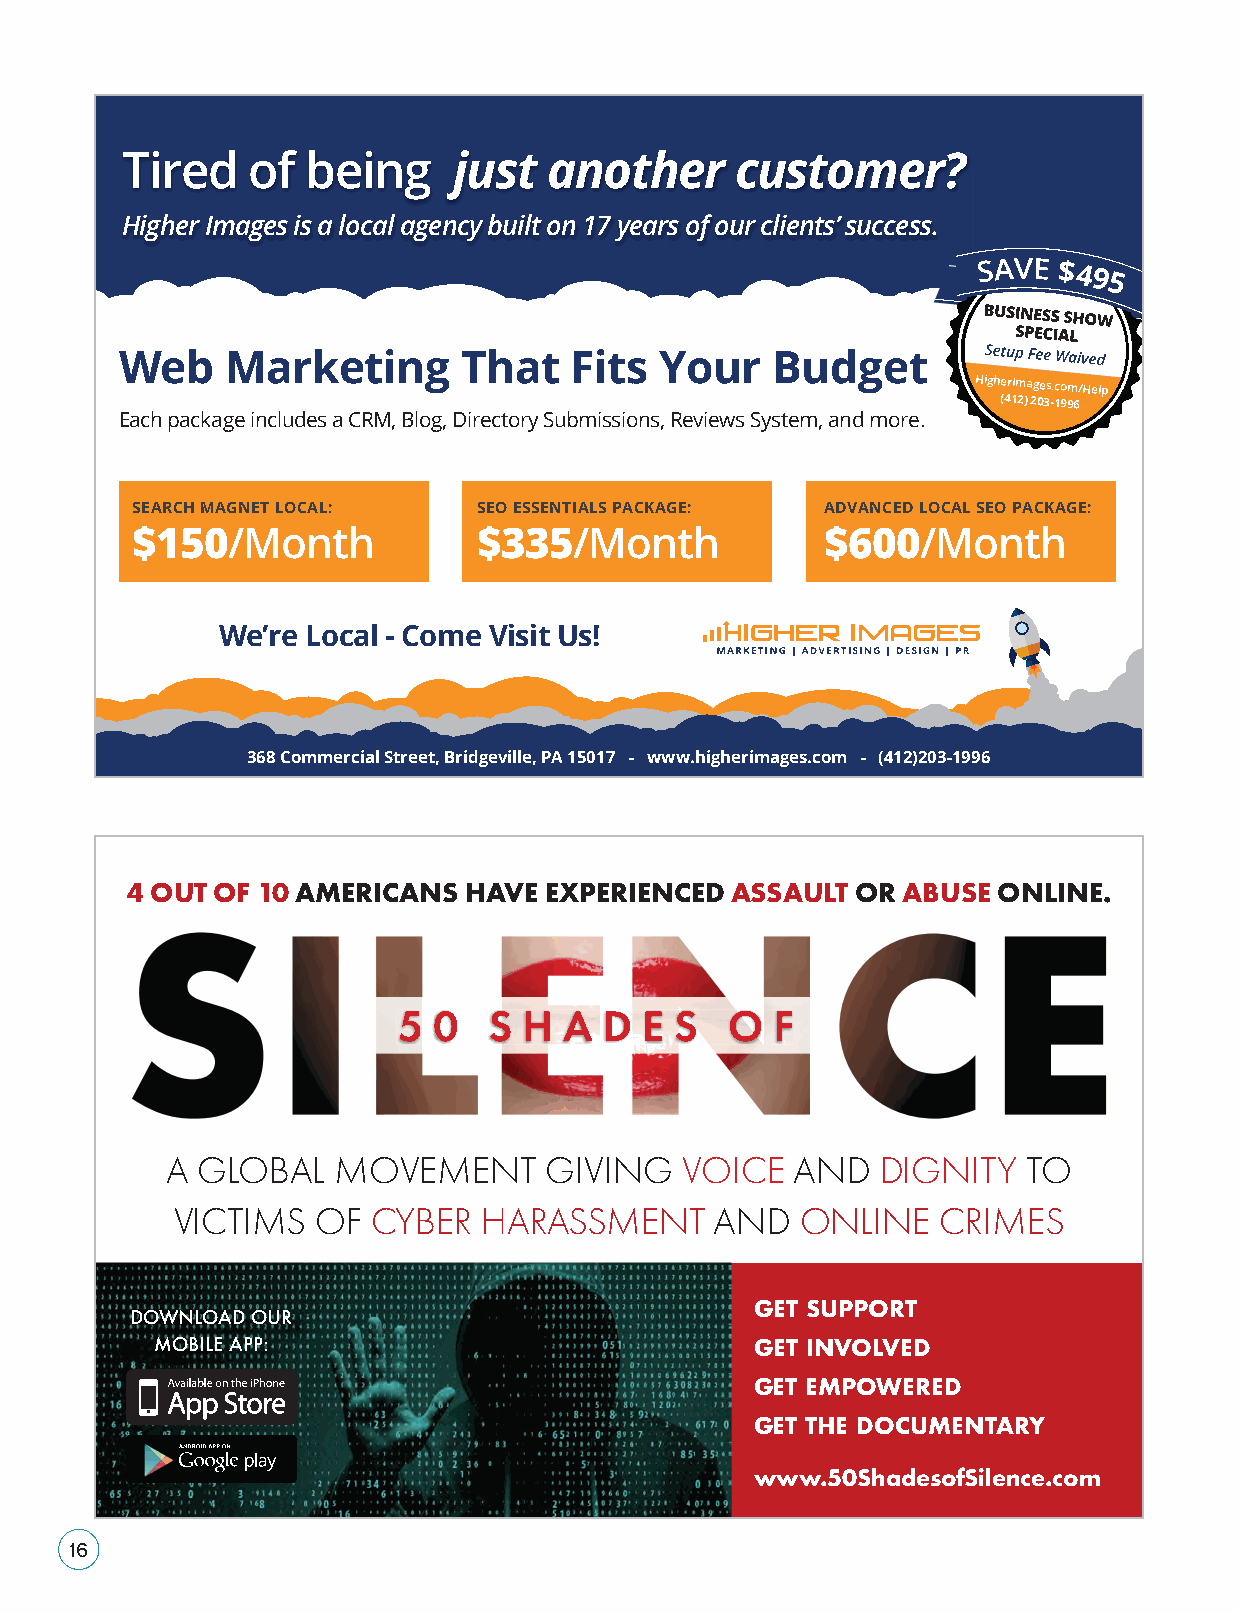
Tired   of  being     just  another      customer?
 Higher Images is a local agency built on 17 years of our clients’ success.
 Web    Marketing       That   Fits  Your   Budget
 HigherImages.com/Help
 (412) 203-1996
 Each package includes a CRM, Blog, Directory Submissions, Reviews System, and more.
 SEARCH MAGNET LOCAL:   SEO ESSENTIALS PACKAGE: ADVANCED LOCAL SEO PACKAGE:
 $150/Month             $335/Month             $600/Month
 We’re Local - Come Visit Us!
 368 Commercial Street, Bridgeville, PA 15017 - www.higherimages.com - (412)203-1996
 4 OUT OF 10 AMERICANS  HAVE EXPERIENCED ASSAULT  OR ABUSE ONLINE.
 A GLOBAL   MOVEMENT      GIVING   VOICE   AND  DIGNITY   TO
 VICTIMS   OF  CYBER  HARASSMENT     AND   ONLINE   CRIMES
 GET SUPPORT
 DOWNLOAD OUR
 MOBILE APP:                             GET INVOLVED
 GET EMPOWERED
 GET THE DOCUMENTARY
 www.50ShadesofSilence.com
 16